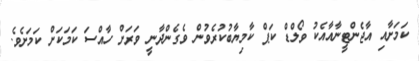
ކަމަށާއި އާޖެންޓީނާއާއެކު ވޯލްޑް ކަޕް ކާމިޔާބުކުރެވުން ވެގެންދާނީ ވަރަށް ހާއްސަ ކަމަކަށް ކަމަށެވެ.